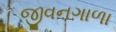
જીવનગાળા